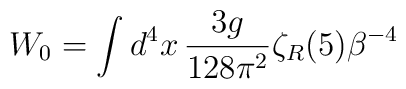
W_0=\int d^4 x\,{3g\over 128\pi^2}\zeta_R(5)\beta^{-4}